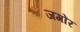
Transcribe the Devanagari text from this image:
जगोंर